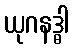
ယုဂနဒ္ဓါ